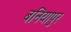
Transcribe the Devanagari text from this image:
बनियापुर